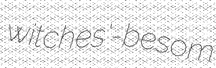
witches'-besom